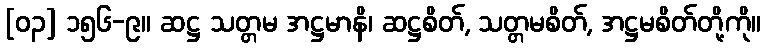
[၀၃] ၁၅၆-၉။ ဆဋ္ဌ သတ္တမ အဋ္ဌမာနိ၊ ဆဋ္ဌစိတ်, သတ္တမစိတ်, အဋ္ဌမစိတ်တို့ကို။